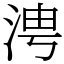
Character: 涄